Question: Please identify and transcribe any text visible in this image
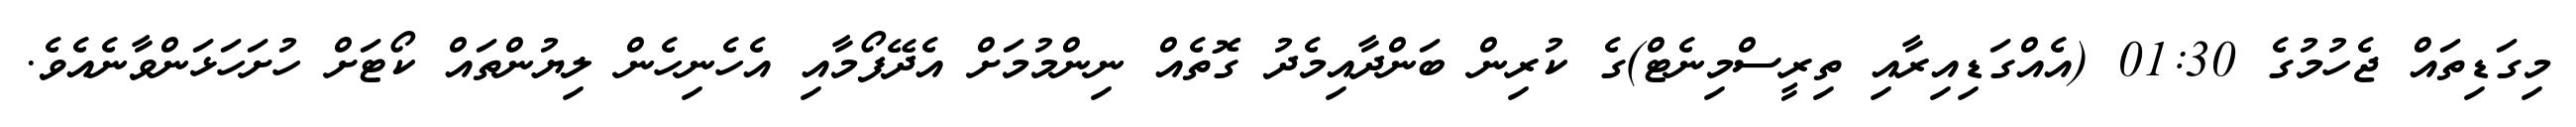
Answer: މިގަޑިތައް ޖެހުމުގެ 01:30 (އެއްގަޑިއިރާއި ތިރީސްމިނެޓް)ގެ ކުރިން ބަންދާއިމެދު ގޮތެއް ނިންމުމަށް އެދޭފޯމާއި އެހެނިހެން ލިޔުންތައް ކޯޓަށް ހުށަހަޅަންވާނެއެވެ.